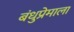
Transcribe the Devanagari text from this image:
बंधुप्रेमाला